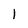
Character: 1